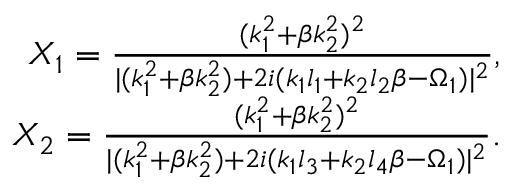
\begin{array} { r } { X _ { 1 } = \frac { ( k _ { 1 } ^ { 2 } + \beta k _ { 2 } ^ { 2 } ) ^ { 2 } } { \lvert ( k _ { 1 } ^ { 2 } + \beta k _ { 2 } ^ { 2 } ) + 2 i ( k _ { 1 } l _ { 1 } + k _ { 2 } l _ { 2 } \beta - \Omega _ { 1 } ) \rvert ^ { 2 } } , } \\ { X _ { 2 } = \frac { ( k _ { 1 } ^ { 2 } + \beta k _ { 2 } ^ { 2 } ) ^ { 2 } } { \lvert ( k _ { 1 } ^ { 2 } + \beta k _ { 2 } ^ { 2 } ) + 2 i ( k _ { 1 } l _ { 3 } + k _ { 2 } l _ { 4 } \beta - \Omega _ { 1 } ) \rvert ^ { 2 } } . } \end{array}